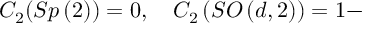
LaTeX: C _ { 2 } ( S p \left( 2 \right) ) = 0 , \quad C _ { 2 } \left( S O \left( d , 2 \right) \right) = 1 -